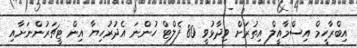
އިބްރާހީމް އިސްމާއީލް އިތުރަށް ވިދާޅުވީ 80 ފެލްޓް ހުންނަ އެދުރުހިޔާ އިން ޓީޗަރުންނަށާއި